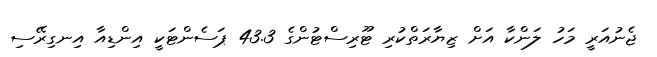
ޖެނުއަރީ މަހު ލަންކާ އަށް ޒިޔާރަތްކުރި ޓޫރިސްޓުންގެ 43.3 ޕަސެންޓަކީ އިންޑިއާ އިނގިރޭސި